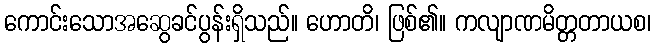
ကောင်းသောအဆွေခင်ပွန်းရှိသည်။ ဟောတိ၊ ဖြစ်၏။ ကလျာဏမိတ္တတာယစ၊